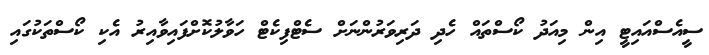
ސީއެސްއައިޓީ އިން މިއަދު ކޯސްތައް ހެދި ދަރިވަރުންނަށް ސެޓްފިކެޓް ހަވާލުކޮށްފައިވާއިރު އެކި ކޯސްތަކުގައި